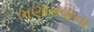
ભણાવવાના